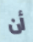
أن